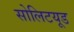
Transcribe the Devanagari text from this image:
सोलिटयूड